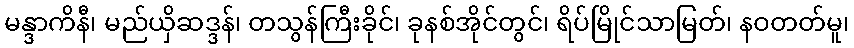
မန္ဒာကိနီ၊ မည်ယှိဆဒ္ဒန်၊ တသွန်ကြီးခိုင်၊ ခုနစ်အိုင်တွင်၊ ရိပ်မြိုင်သာမြတ်၊ နဝတတ်မူ၊